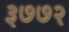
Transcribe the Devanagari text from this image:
३७७२